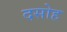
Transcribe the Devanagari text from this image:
दसोह